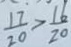
\frac { 1 7 } { 2 0 } > \frac { 1 6 } { 2 0 }